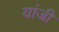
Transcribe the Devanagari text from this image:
यांजी